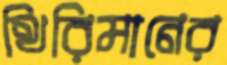
থিরিমানের